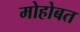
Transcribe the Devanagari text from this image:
मोहोबत